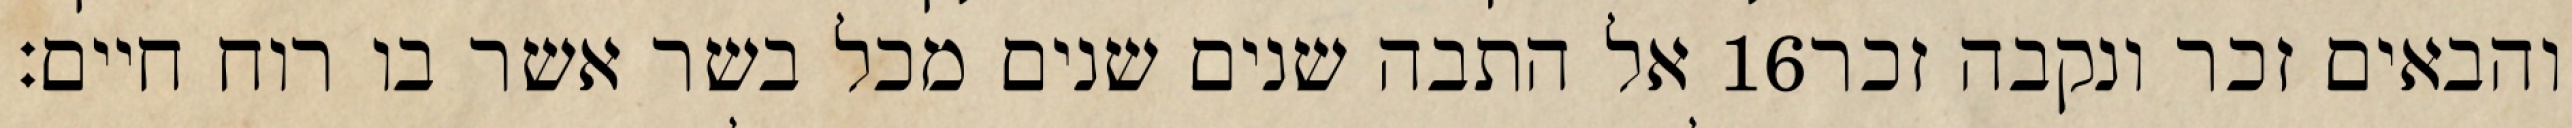
אל התבה שנים שנים מכל בשר אשר בו רוח חיים׃ ‎16‏ והבאים זכר ונקבה זכר